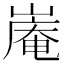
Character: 𪩑